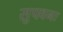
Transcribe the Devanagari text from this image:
सुपवनः